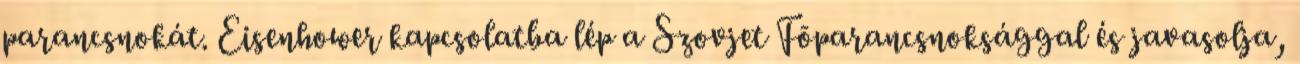
parancsnokát. Eisenhower kapcsolatba lép a Szovjet Fõparancsnoksággal és javasolja,